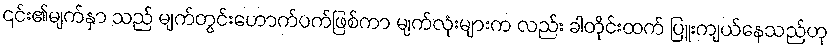
၎င်း၏မျက်နှာ သည် မျက်တွင်းဟောက်ပက်ဖြစ်ကာ မျက်လုံးများက လည်း ခါတိုင်းထက် ပြူးကျယ်နေသည်ဟု